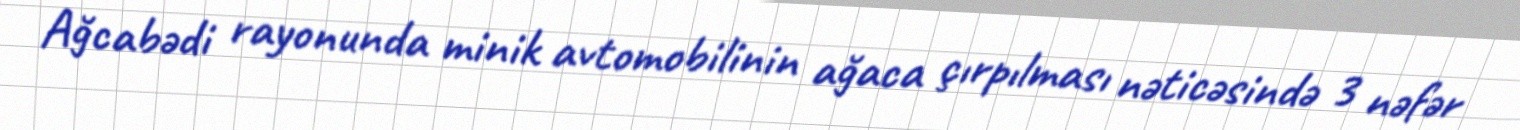
Ağcabədi rayonunda minik avtomobilinin ağaca çırpılması nəticəsində 3 nəfər